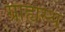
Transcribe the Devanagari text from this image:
ग्राह्यस्थ